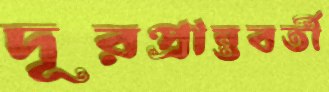
দূরপ্রান্তবর্তী